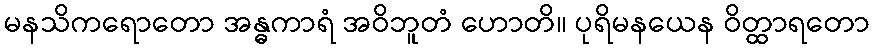
မနသိကရောတော အန္ဓကာရံ အဝိဘူတံ ဟောတိ။ ပုရိမနယေန ဝိတ္ထာရတော